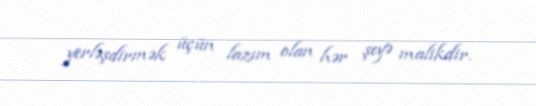
yerləşdirmək üçün lazım olan hər şeyə malikdir.